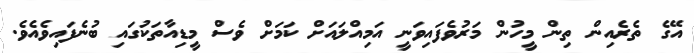
އޭގެ ތެރެއިން ތިން މީހުން މަރުވެފައިވަނީ އަމިއްލައަށް ކަމަށް ވެސް މީޑިއާތަކުގައި ބުނެފައިވެއެވެ.